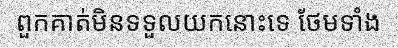
ពួកគាត់មិនទទួលយកនោះទេ ថែមទាំង